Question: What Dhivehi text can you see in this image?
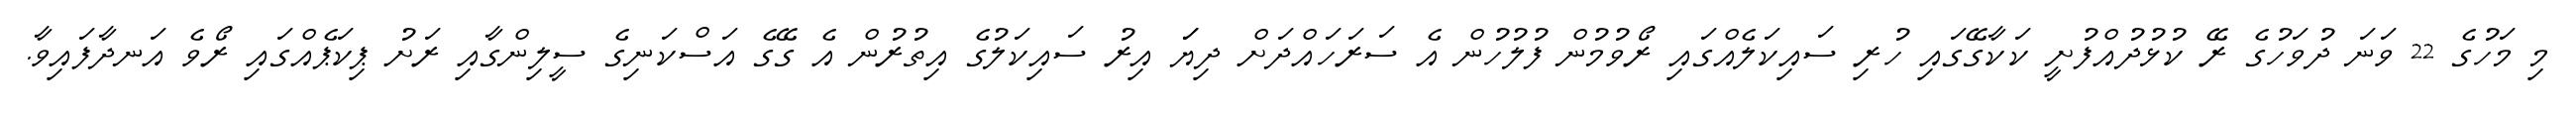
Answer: މި މަހުގެ 22 ވަނަ ދުވަހުގެ ރޭ ކުޅުދުއްފުށީ ކަކާގޭގައި ހުރި ސައިކަލެއްގައި ރޯވުމުން ފުލުހުން އެ ސަރަހައްދަށް ދިޔަަ އިރު ސައިކަލުގެ އިތުރުން އެ ގޭގެ އަސްކަނިގެ ސީލިންގާއި ރަށު ޕިކަޕެއްގައި ރޯވެ އަނދާފައިވާ.